Report of an investigation into the causes of the diseases known in Assam as Kála-Azár and Beri-Beri
Disease focus: Beri-Beri
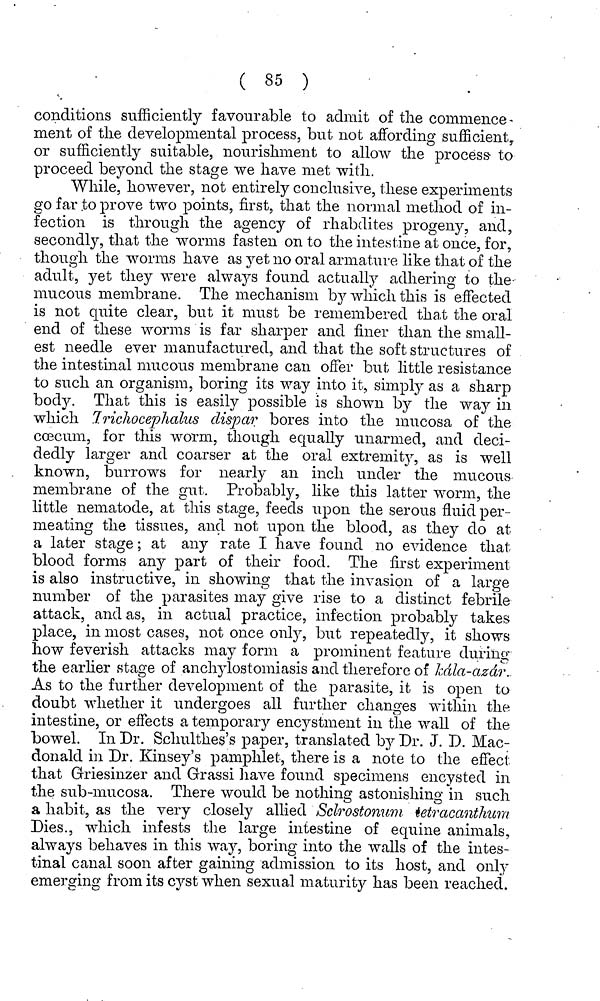
( 85 )
conditions sufficiently favourable to admit of the commence-
ment of the developmental process, but not affording sufficient,,
or sufficiently suitable, nourishment to allow the process- to
proceed beyond the stage we have met with.
While, however, not entirely conclusive, these experiments
go far to prove two points, first, that the normal method of in-
fection is through the agency of rhabdites progeny, and,
secondly, that the worms fasten on to the intestine at once, for,
though the worms have as yet no oral armature like that of the
adult, yet they were always found actually adhering to the
mucous membrane. The mechanism by which this is effected
is not quite clear, but it must be remembered that the oral
end of these worms is far sharper and finer than the small-
est needle ever manufactured, and that the soft structures of
the intestinal mucous membrane can offer but little resistance
to such an organism, boring its way into it, simply as a sharp
body. That this is easily possible is shown by the way in
which 7.ric1iocephalus dispar bores into the mucosa of the
coecum, for this worm, though equally unarmed, and deci-
dedly larger and coarser at the oral extremity, as is well
known, burrows for nearly an inch under the mucous
membrane of the gut. Probably, like this latter worm, the
little nematode, at this stage, feeds upon the serous fluid per-
meating the tissues, and not upon the blood, as they do at
a later stage; at any rate I have found no evidence that
blood forms any part of their food. The first experiment
is also instructive, in showing that the invasion of a large
number of the parasites may give rise to a distinct febrile
attack, and as, in actual practice, infection probably takes
place, in most cases, not once only, biit repeatedly, it shows
how feverish attacks may form a prominent feature during
the earlier stage of anchylostomiasis and therefore of Icdla-azdr
As to the further development of the parasite, it is open to
doubt whether it undergoes all further changes within the
intestine, or effects a temporary encystment in the wall of the
bowel. In Dr. Schulthes's paper, translated by Dr. J. D. Mac-
donald in Dr. Kinsey's pamphlet, there is a note to the effect,
that Griesinzer and Grassi have found specimens encysted in
the sub-mucosa. There would be nothing astonishing in such
a habit, as the very closely allied Sclrostonum tetracanthum
Dies., which infests the large intestine of equine animals,
always behaves in this way, boring into the walls of the intes-
tinal canal soon after gaining admission to its host, and only
emerging from its cyst when sexual maturity has been reached.